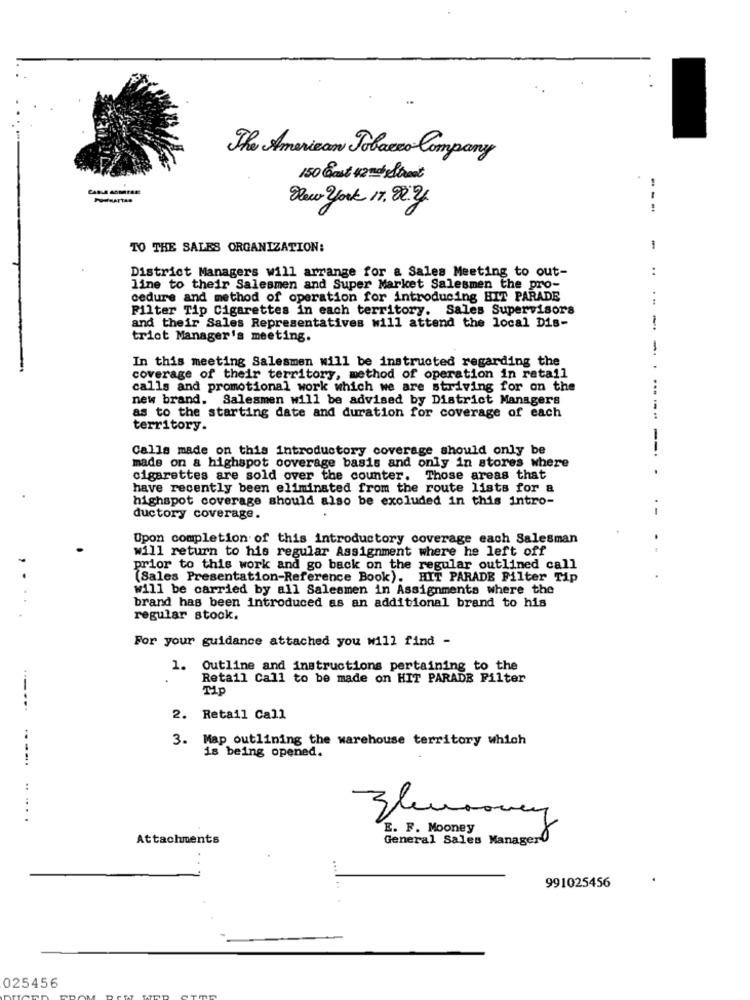
The American Tobacco Company
150 East 42nd Street
POURATTAS
New york 17. 80.2
---
TO THE SALES ORGANIZATION:
-
District Managers will arrange for a Sales Meeting to out-
..
line to their Salesmen and Super Market Salesmen the pro-
cedure and method of operation for introducing HIT PARADE
Filter Tip Cigarettes in each territory. Sales Supervisors
and their Sales Representatives will attend the local Dis-
trict Manager's meeting.
-
In this meeting Salesmen will be instructed regarding the
coverage of their territory, method of operation in retail
calls and promotional work which we are striving for on the
new brand. Salesmen will be advised by District Managers
....
as to the starting date and duration for coverage of each
...
territory.
Calls made on this introductory coverage should only be
made on & highspot coverage basis and only in stores where
cigarettes are sold over the counter. Those areas that
have recently been eliminated from the route lists for a
highspot coverage should also be excluded in this intro-
ductory coverage.
Upon completion of this introductory coverage each Salesman
will return to his regular Assignment where he left off
prior to this work and go back on the regular outlined call
(Sales Presentation-Reference Book). HIT PARADE Filter Tip
will be carried by all Salesmen in Assignments where the
brand has been introduced as an additional brand to his
regular stock.
For your guidance attached you will find -
1. Outline and instructions pertaining to the
Retail Call to be made on HIT PARADE Filter
2. Retail Call
3. Map outlining the warehouse territory which
----.
is being opened.
.. ....
E. F. Mooney
Attachments
General Sales Manager
...
991025456
025456